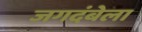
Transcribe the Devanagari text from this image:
जगदंबेला